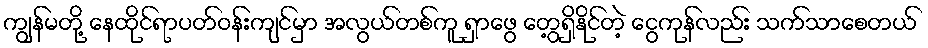
ကျွန်မတို့ နေထိုင်ရာပတ်ဝန်းကျင်မှာ အလွယ်တစ်ကူ ရှာဖွေ တွေ့ရှိနိုင်တဲ့ ငွေကုန်လည်း သက်သာစေတယ်